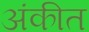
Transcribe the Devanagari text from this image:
अंकीत